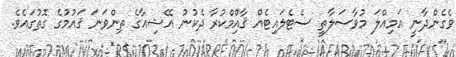
ވެގެންދާނީ އަމިއްލަ މުވާސަލާތީ ސެޓެލައިޓެއް ޤާއިްމްކުރާ ދެކުނު އޭޝިއާގެ ތިންވަނަ ޤައުމުގެ ގޮތުގައެވެ.